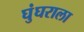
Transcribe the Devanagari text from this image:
घुंघराला